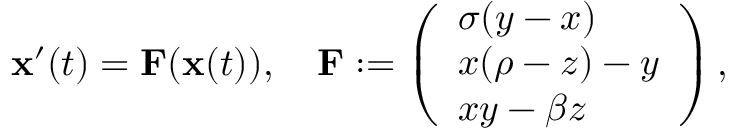
\mathbf { x } ^ { \prime } ( t ) = \mathbf { F } ( \mathbf { x } ( t ) ) , \quad \mathbf { F } : = \left( \begin{array} { l } { \sigma ( y - x ) } \\ { x ( \rho - z ) - y } \\ { x y - \beta z } \end{array} \right) ,